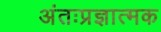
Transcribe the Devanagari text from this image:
अंतःप्रज्ञात्मक